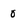
Character: 0